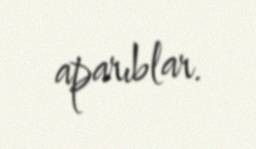
aparıblar.